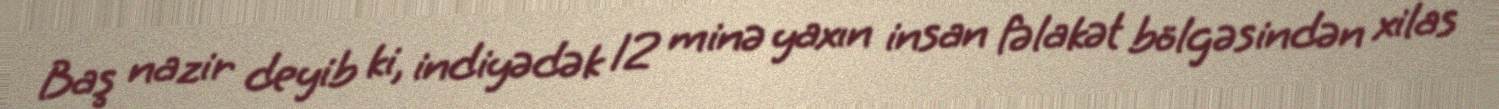
Baş nazir deyib ki, indiyədək 12 minə yaxın insan fəlakət bölgəsindən xilas